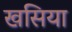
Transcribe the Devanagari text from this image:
खसिया